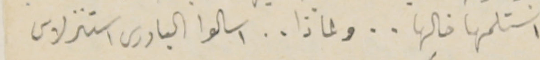
استلمها خالها . . ولماذا . . اسالوا البادرى استنزلاس